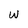
Character: w